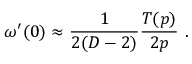
\omega ^ { \prime } ( 0 ) \approx { \frac { 1 } { 2 ( D - 2 ) } } { \frac { T ( p ) } { 2 p } } ~ .